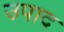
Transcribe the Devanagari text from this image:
उपाद